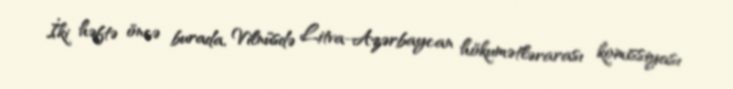
İki həftə öncə burada, Vilnüsdə Litva-Azərbaycan hökumətlərarası komissiyası